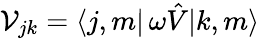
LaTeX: {\mathcal V}_{jk}={\langle j,m|}\, \omega{\hat{V}}{|k,m\rangle}